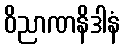
ဝိညာဏနိဒါနံ